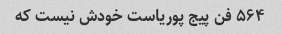
۵۶۴ فن پیج پوریاست خودش نیست که